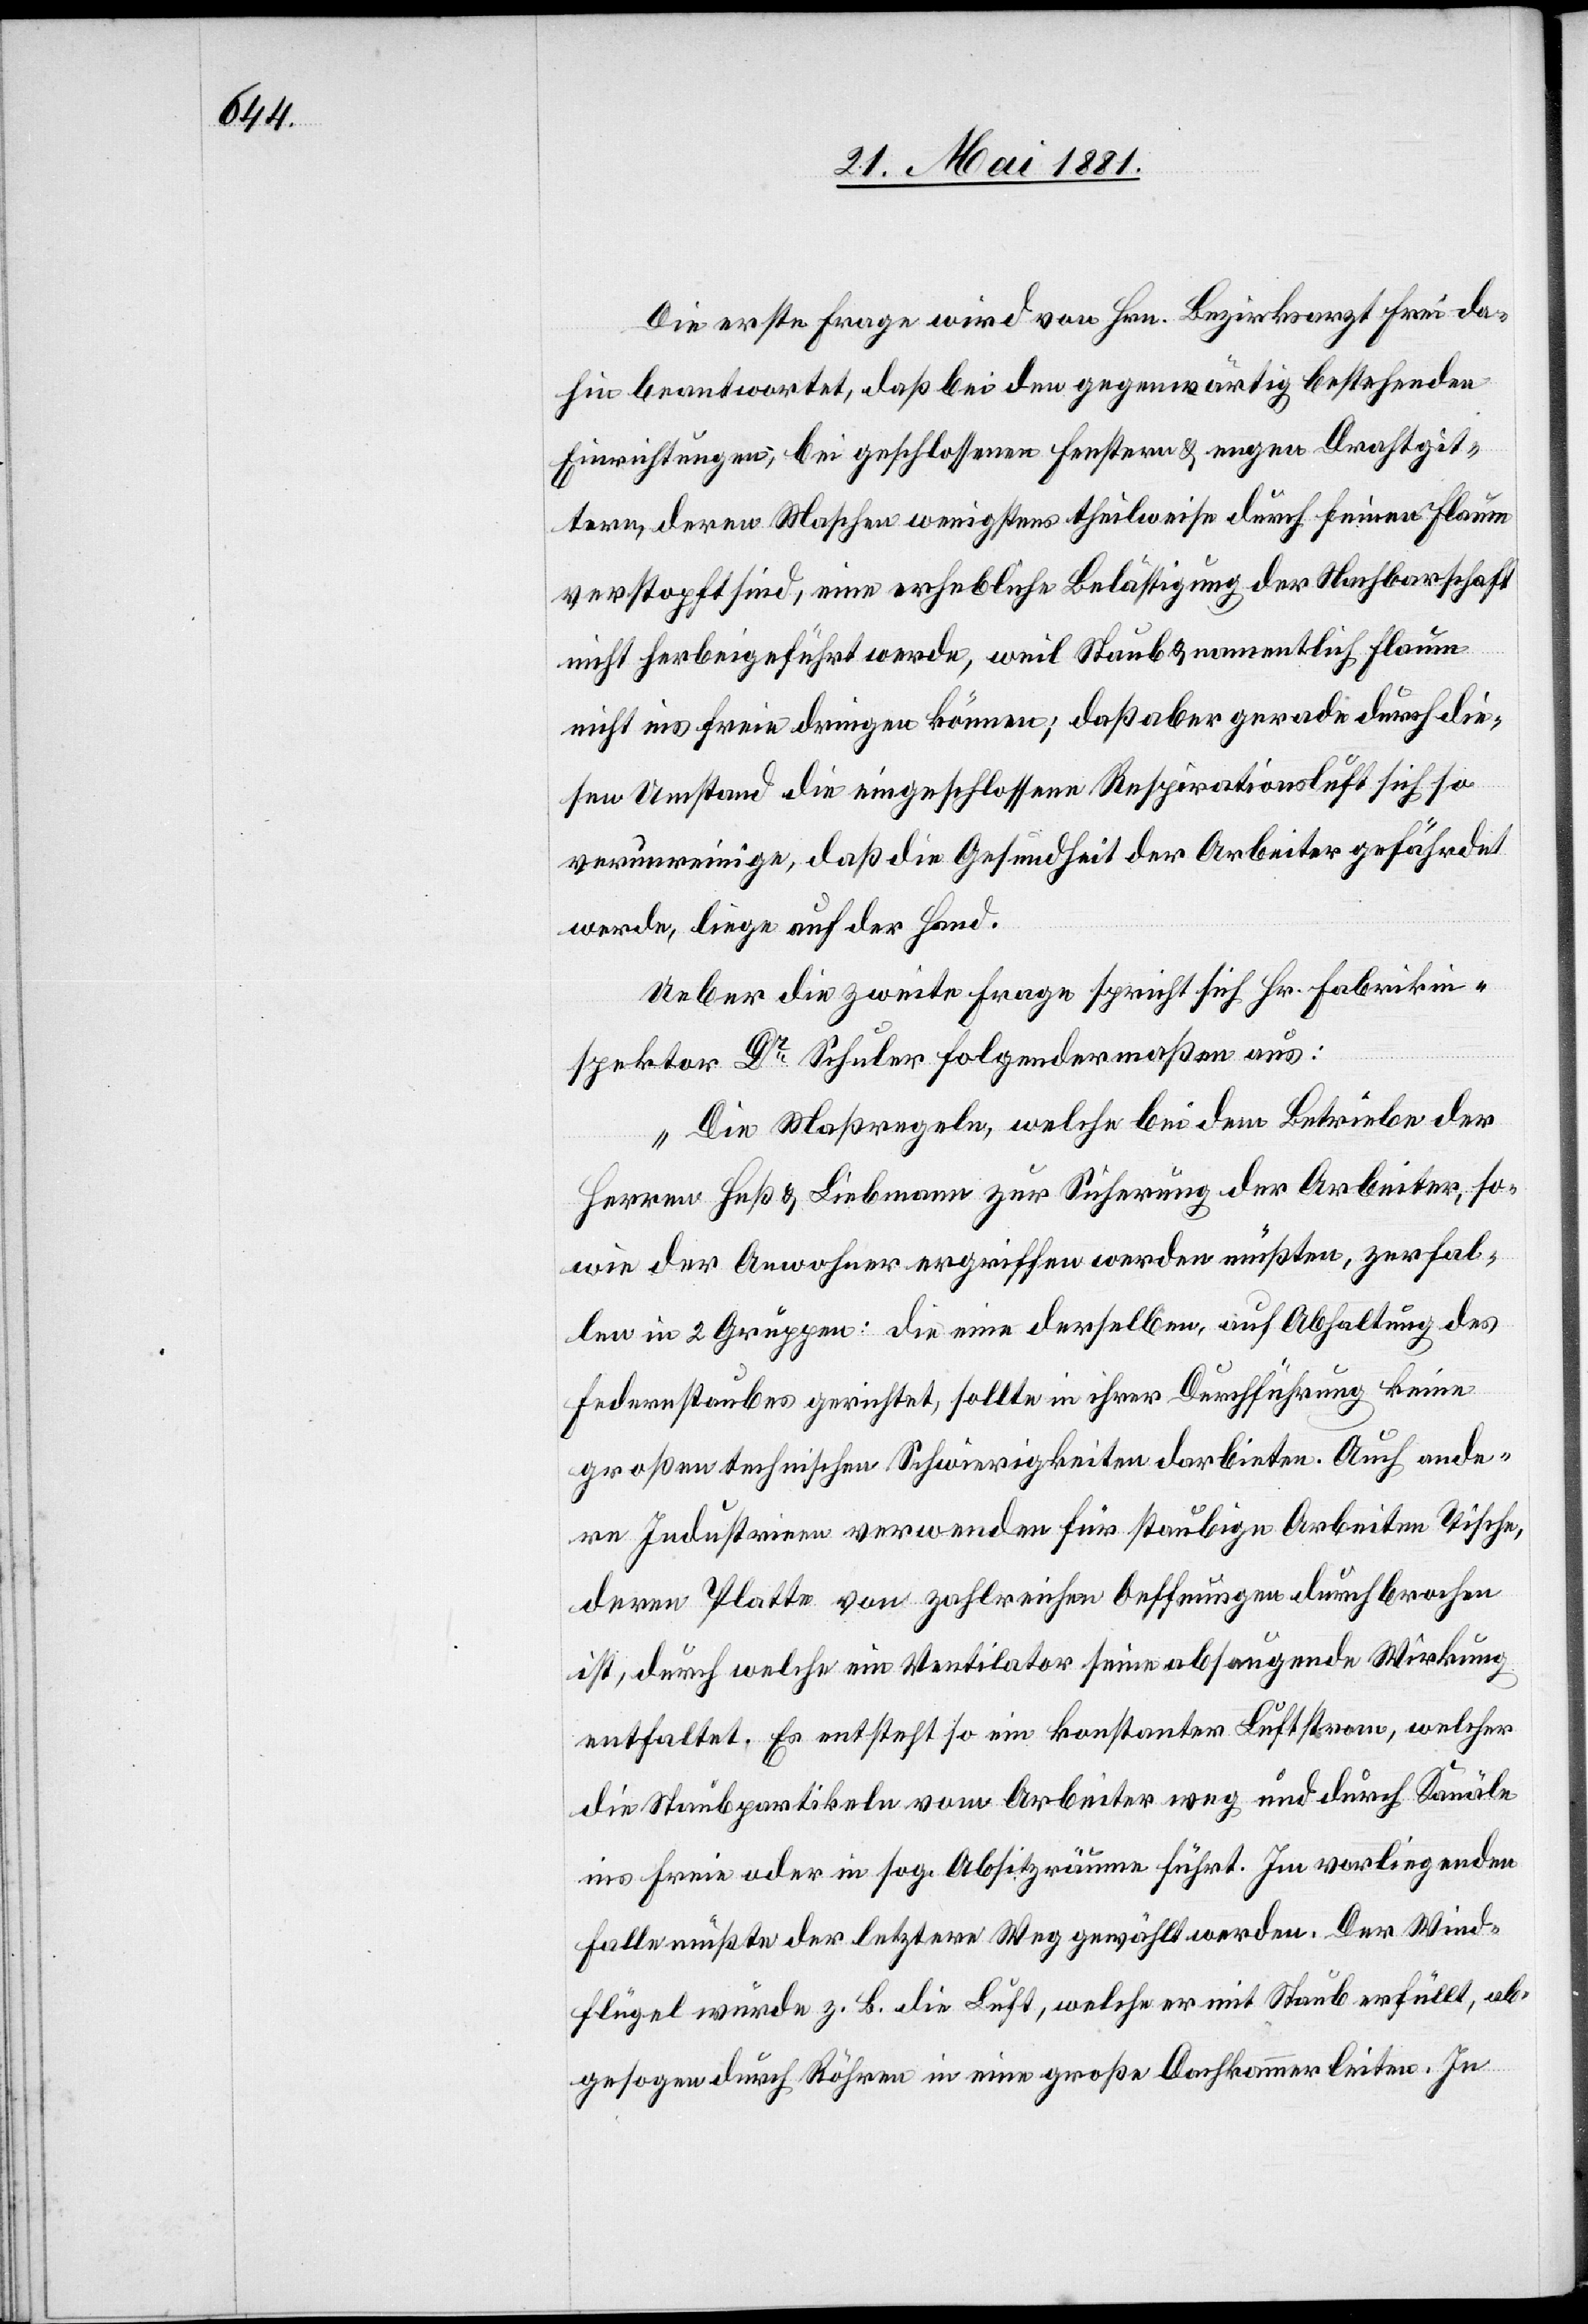
Die erste Frage wird von Hrn. Bezirksarzt Frei da¬
hin beantwortet, daß bei den gegenwärtig bestehenden
Einrichtungen, bei geschlossenen Fenstern & engen Drahtgit¬
tern, deren Maschen wenigstens theilweise durch feinen Flaum
verstopft sind, eine erhebliche Belästigung der Nachbarschaft
nicht herbeigeführt werde, weil Staub & namentlich Flaum
nicht ins Freie dringen können; daß aber gerade durch die¬
sen Umstand die eingeschlossene Respirationsluft sich so
verunreinige, daß die Gesundheit der Arbeiter gefährdet
werde, liege auf der Hand.
Ueber die zweite Frage spricht sich Hr. Fabrikin¬
spektor Dr Schuler folgendermaßen aus:
„Die Maßregeln, welche bei dem Betriebe der
Herren Heß & Liebmann zur Sicherung der Arbeiter, so¬
wie der Anwohner ergriffen werden müßten, zerfal¬
len in 2 Gruppen: die eine derselben, auf Abhaltung des
Federnstaubes gerichtet, sollte in ihrer Durchführung keine
großen technischen Schwierigkeiten darbieten. Auch ande¬
re Industrien verwenden für staubige Arbeiten Tische,
deren Platte von zahlreichen Oeffnungen durchbrochen
ist, durch welche ein Ventilator seine absaugende Wirkung
entfaltet. Es entsteht so ein konstanter Luftstrom, welcher
die Staubpartikeln vom Arbeiter weg und durch Kanäle
ins Freie oder in sog. Absitzräume führt. Im vorliegenden
Falle müßte der letztere Weg gewählt werden. Der Wind¬
flügel würde z. B. Luft, welche er mit Staub erfüllt, ab¬
gesogen durch Röhren in eine große Dachkammer leiten. In